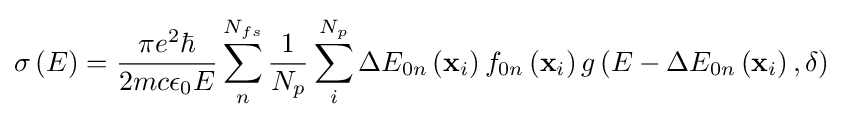
\sigma \left(E\right)={\frac {\pi {{e}^{2}}\hbar }{2mc{{\epsilon }_{0}}E}}\sum \limits _{n}^{{N}_{fs}}{{\frac {1}{{N}_{p}}}\sum \limits _{i}^{{N}_{p}}{\Delta {{E}_{0n}}\left({{\mathbf {x} }_{i}}\right){{f}_{0n}}\left({{\mathbf {x} }_{i}}\right)g\left(E-\Delta {{E}_{0n}}\left({{\mathbf {x} }_{i}}\right),\delta \right)}}